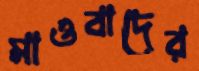
মাওবাদের